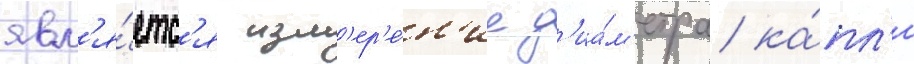
явл'я́етс'я изм'ер'е́н'ие д'иа́м'етра ка́пл'и